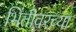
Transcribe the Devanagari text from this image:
भिंतीवरच्या